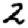
Digit: 2